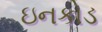
ઇનકોડ